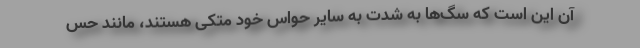
آن این است که سگ‌ها به شدت به سایر حواس خود متکی هستند، مانند حس